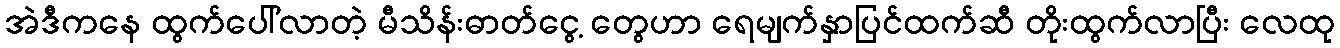
အဲဒီကနေ ထွက်ပေါ်လာတဲ့ မီသိန်းဓာတ်ငွေ့ တွေဟာ ရေမျက်နှာပြင်ထက်ဆီ တိုးထွက်လာပြီး လေထု